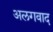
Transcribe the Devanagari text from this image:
अलगवाद